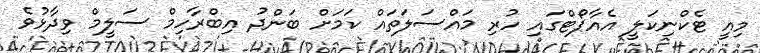
މިއީ ޓެކްނިކަލީ އެއާޕޯޓްގައި ހުރި މައްސަލަތައް ކަމަށް ބަންދު އިބްރާހިމް ސަލީމް ވިދާޅުވެ